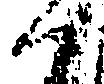
候